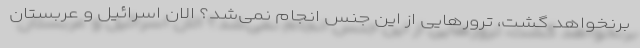
برنخواهد گشت، ترورهایی از این جنس انجام نمی‌شد؟ الان اسرائیل و عربستان